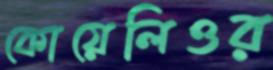
কোয়েলিওর